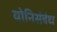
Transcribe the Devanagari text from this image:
योनिसंबंध